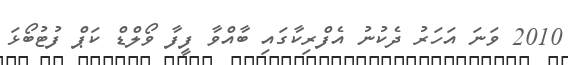
2010 ވަނަ އަހަރު ދެކުނު އެފްރިކާގައި ބާއްވާ ފީފާ ވޯލްޑް ކަޕް ފުޓުބޯޅަ